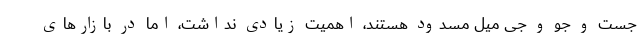
جست و جو و جی میل مسدود هستند، اهمیت زیادی نداشت، اما در بازار‌های